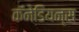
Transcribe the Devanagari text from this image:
कॅनेडियन्स